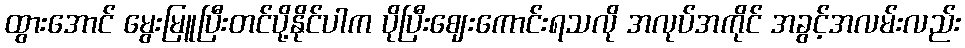
ထွားအောင် မွေးမြူပြီးတင်ပို့နိုင်ပါက ပိုပြီးဈေးကောင်းရသလို အလုပ်အကိုင် အခွင့်အလမ်းလည်း